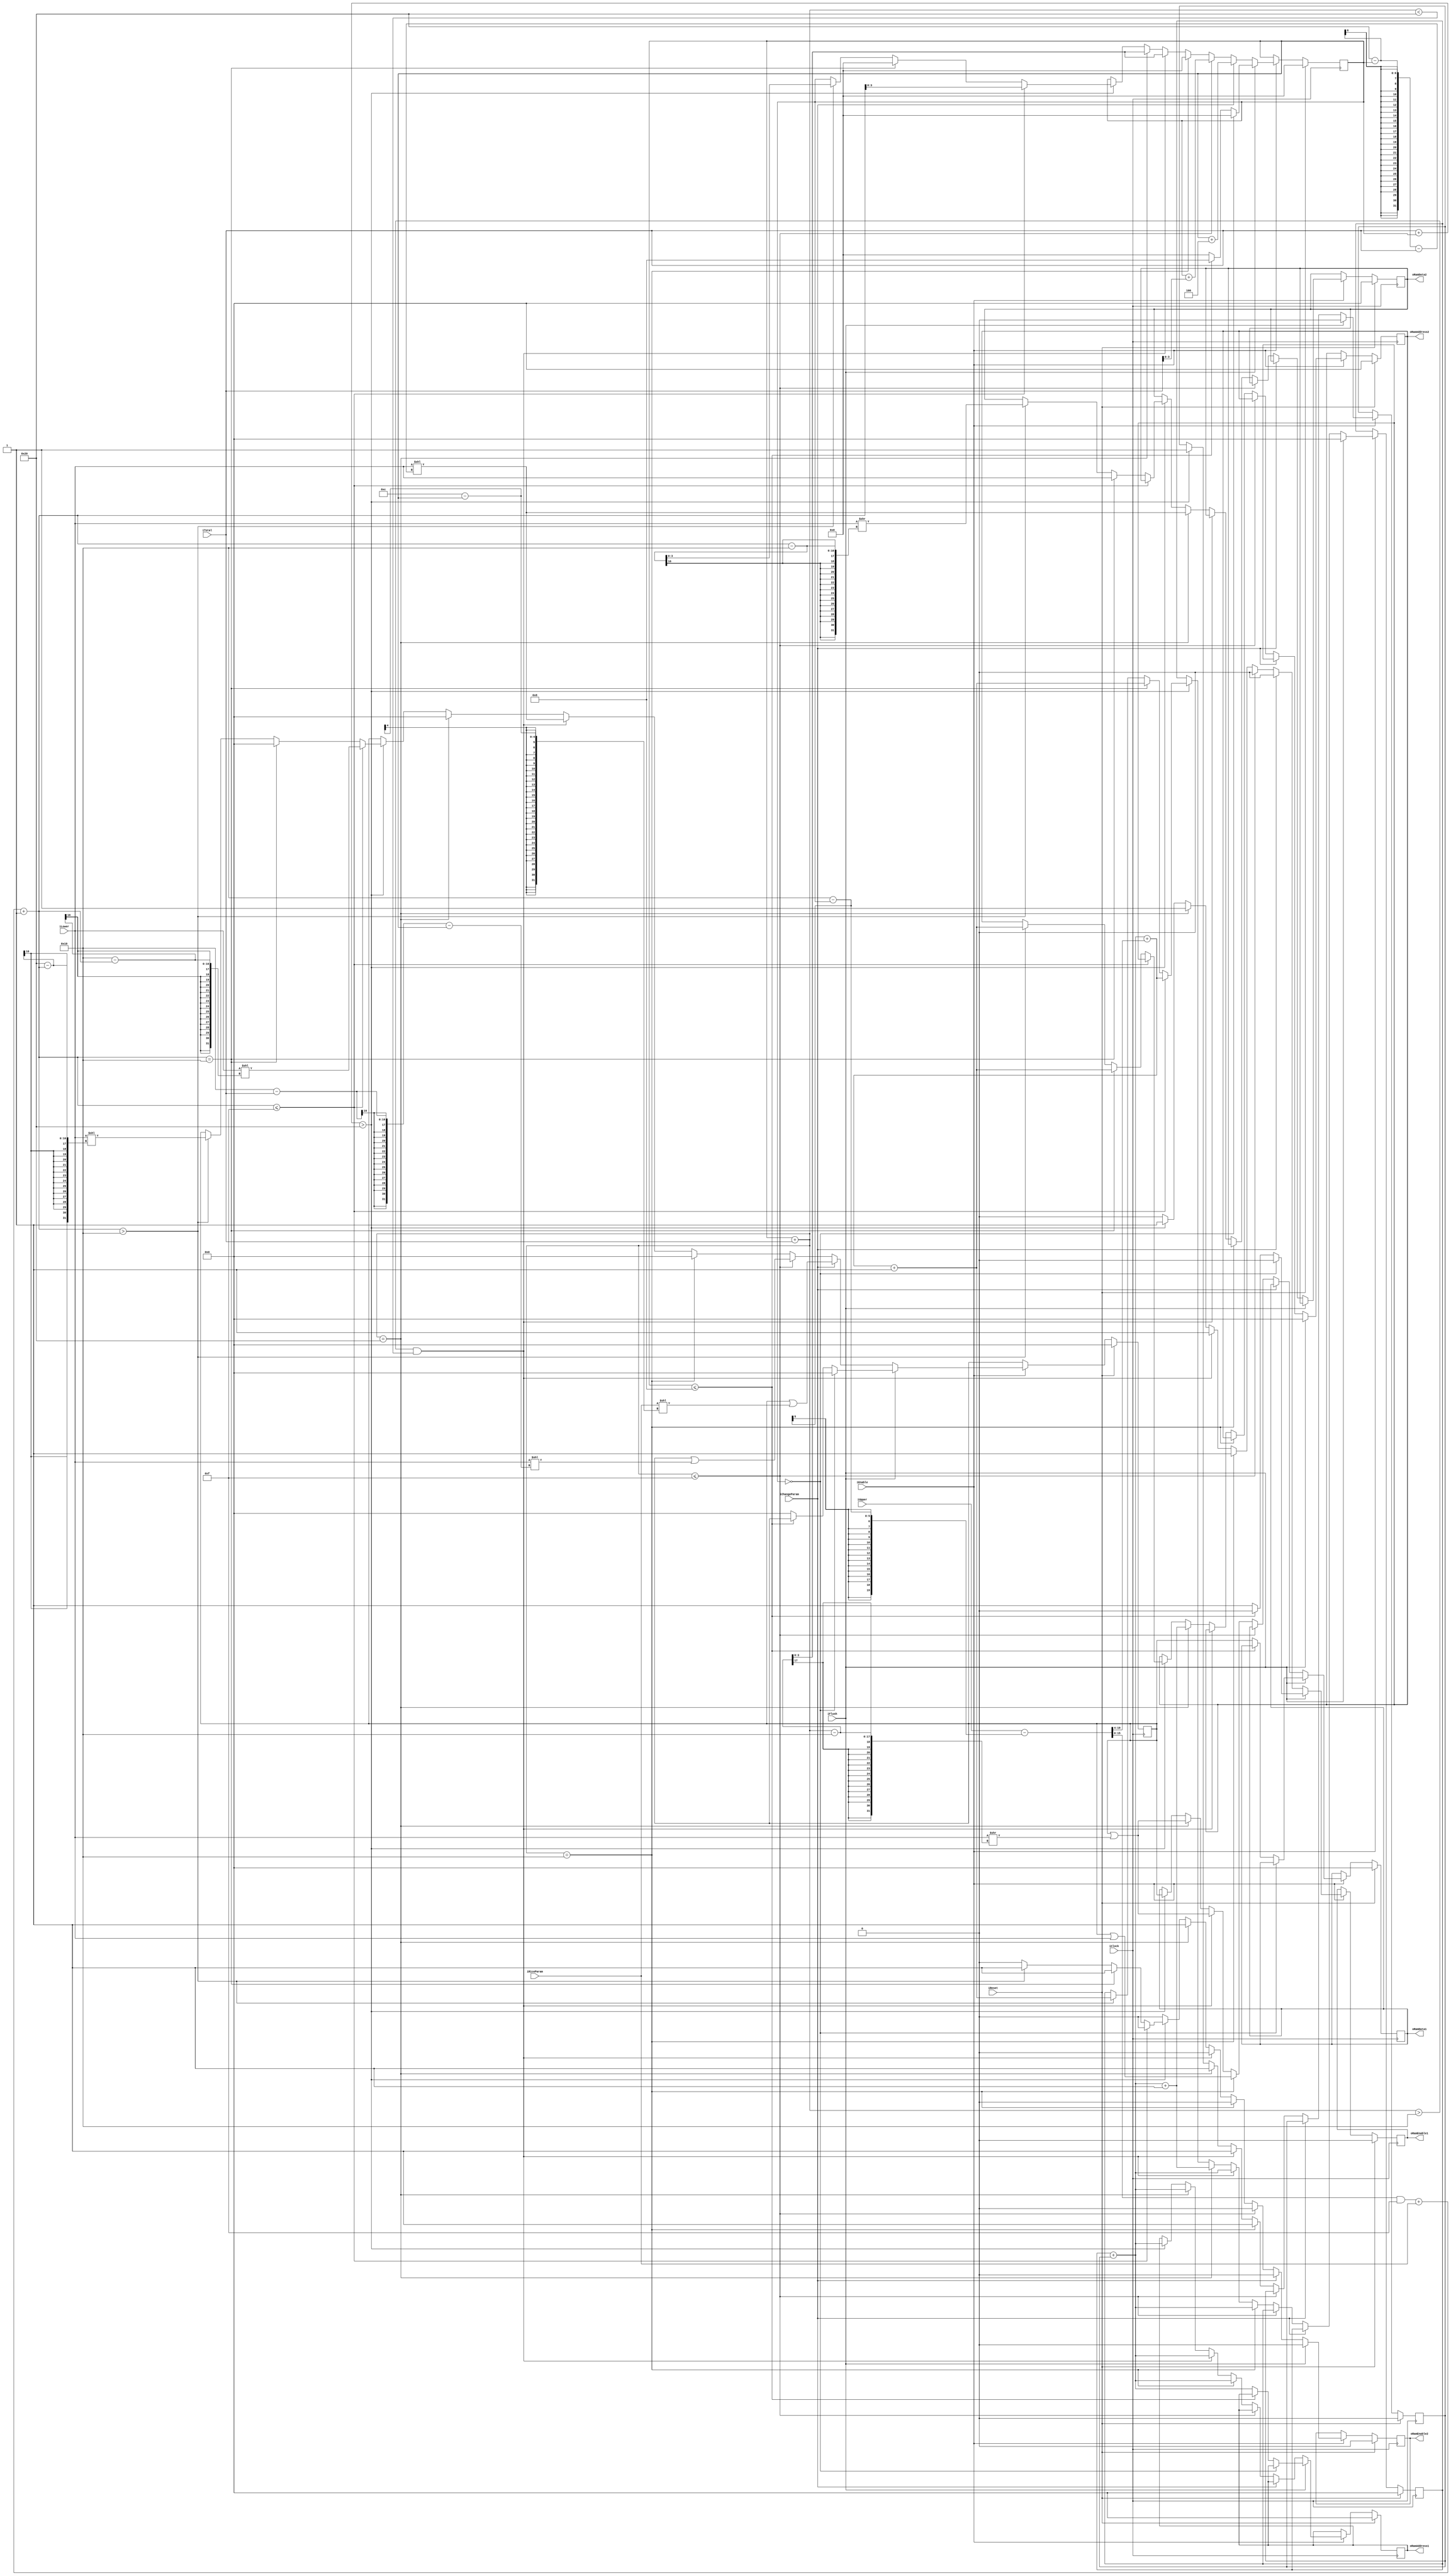
module RiceWriter (
    input wire iClock,
    input wire iReset, 
    input wire iEnable, 
    
    input wire iChangeParam,
    input wire iFlush,
    input wire [15:0] iTotal,
    input wire [15:0] iUpper,
    input wire [15:0] iLower, 
    input wire [3:0] iRiceParam,
    
    output wire oRamEnable1,
    output wire [15:0] oRamAddress1, 
    output wire [15:0] oRamData1,
    
    output wire oRamEnable2,
    output wire [15:0] oRamAddress2, 
    output wire [15:0] oRamData2
    );

/* iTotal: The sum of the upper and lower bits
 * iUpper: The number of upper bits to write
 * iLower: a 1 concatenated with the lower bits
 * iRiceParam: The rice parameter size
 */

// I assume that we can access a RAM with two write ports.
// Quartus will compile it, so it must exist.

/*
 * There are three possible cases when we receive a code
 * 1. There is enough space to fit the entire code word
 * 2. We overlap onto the next buffer
 * 3. We finish the current data buffer, and the next one, and overlap onto
 *    the third buffer
 */

reg [3:0] bit_pointer;

wire [15:0] uppern = (iUpper - (16 - bit_pointer)) & 4'hf;
wire [15:0] totaln = uppern + iRiceParam + 1;
wire [15:0] skip = (iUpper - (16 - bit_pointer)) >> 4;

reg [15:0] buffer;

reg need_header;
reg first_write_done;

reg [15:0] ram_adr_prev;

reg [15:0] ram_adr1;
reg [15:0] ram_dat1;
reg ram_we1;

reg [15:0] ram_adr2;
reg [15:0] ram_dat2;
reg ram_we2;

assign oRamData1 = ram_dat1;
assign oRamAddress1 = ram_adr1;
assign oRamEnable1 = ram_we1;

assign oRamData2 = ram_dat2;
assign oRamAddress2 = ram_adr2;
assign oRamEnable2 = ram_we2;


always @(posedge iClock) begin
    if (iReset) begin
        bit_pointer <= 0;
        buffer <= 0;
        
        ram_adr_prev <= 0;
        ram_adr1 <= 0;
        ram_dat1 <= 0;
        ram_we1 <= 0;        
        ram_adr2 <= 0;
        ram_dat2 <= 0;
        ram_we2 <= 0;
        
        first_write_done <= 0;
        
    end else if (iEnable) begin
        ram_we1 <= 0;
        ram_we2 <= 0;
        // We probably need to call this intermediary flush...
        if (iFlush) begin
            if (bit_pointer == 0) begin
                ram_adr_prev <= 0;
                first_write_done <= 0;
                buffer <= 0;
                bit_pointer <= 0;
                ram_adr2 <= 0;
            end else if (bit_pointer <= 8) begin
                ram_adr_prev <= 0;
                first_write_done <= 0;
                bit_pointer <= 8;
                ram_adr2 <= 0;
            end else begin
                ram_we1 <= 1;
                ram_dat1 <= buffer;
                ram_adr1 <= ram_adr_prev + first_write_done;
                ram_adr_prev <= 0;
                ram_adr2 <= 0;
                first_write_done <= 0;
                bit_pointer <= 0;
                buffer <= 0;
            end
        end else if (iChangeParam) begin
            buffer <= buffer | iRiceParam << (12 - bit_pointer);
            bit_pointer <= bit_pointer + 4;
        end else begin
            // We can place the data straight into this buffer wihtout sending
            if (bit_pointer + iTotal <= 15) begin
                buffer <= buffer | (iLower << (16 - iTotal - bit_pointer));
                bit_pointer <= bit_pointer + iTotal;
                
            // The data fits perfectly into one buffer, so we send it
            end else if (bit_pointer + iTotal == 16) begin
                first_write_done <= 1;
                ram_dat1 <= buffer | iLower;
                ram_adr1 <= ram_adr_prev + first_write_done;
                ram_adr_prev <= ram_adr_prev + first_write_done;
                ram_we1 <= 1;
                
                buffer <= 0;
                bit_pointer <= 0;
            
            // The data overflows one buffer
            end else if (bit_pointer + iTotal > 16 && bit_pointer + iTotal < 32) begin 
                // In this case we need to write some of the lower bits to the buffer before
                // we send it off. Then we need to write the rest of the lower bits to the 
                // next buffer
                first_write_done <= 1;
                ram_we1 <= 1;
                ram_adr1 <= ram_adr_prev + first_write_done;
    
                ram_adr_prev <= ram_adr_prev + first_write_done;
                
                
                ram_dat1 <= buffer | iLower >> (bit_pointer + iTotal - 16);
                
                buffer <= iLower << 32 - bit_pointer - iTotal;
                
                bit_pointer <= bit_pointer + iTotal - 16;
            end else if (bit_pointer + iTotal == 32) begin 
                // Special case ...
                first_write_done <= 1;
                ram_we1 <= 1;
                ram_adr1 <= ram_adr_prev + first_write_done;
                ram_we2 <= 1;
                ram_adr2 <= ram_adr_prev + first_write_done + 1;
                ram_adr_prev <= ram_adr_prev + first_write_done + 1;
                
                ram_dat1 <= buffer | iLower >> (bit_pointer + iTotal - 16);
                ram_dat2 <= iLower << 32 - bit_pointer - iTotal;
                buffer <= 0;
                
                bit_pointer <= bit_pointer + iTotal - 16;
            // The data overflows multiple buffers
            end else if (iTotal + bit_pointer > 32) begin
                first_write_done <= 1;
                ram_dat1 <= buffer;
                ram_adr1 <= ram_adr_prev + first_write_done;
                ram_we1 <= 1;
                
                // once we have sent the first buffer it is the same as if 
                // bp = 0 and upper = upper - (16 - bp_prev)
                if (totaln <= 15) begin
                    buffer <= iLower << (16 - totaln);
                    ram_adr_prev <= ram_adr_prev + first_write_done + skip;
                    bit_pointer <= totaln;
                end else if (totaln == 16) begin
                    buffer <= 0;
                    bit_pointer <= 0;
                    ram_dat2 <= iLower;
                    ram_we2 <= 1;
                    ram_adr2 <= ram_adr_prev + first_write_done + skip + 1;
                    ram_adr_prev <= ram_adr_prev + first_write_done + skip + 1;
                end else if (totaln > 16) begin
                    ram_dat2 <= iLower >> (totaln - 16);
                    ram_we2 <= 1;
                    ram_adr2 <= ram_adr_prev + first_write_done + skip + 1;
                    ram_adr_prev <= ram_adr_prev + first_write_done + skip + 1;
                    buffer <= iLower << (32 - totaln);
                    bit_pointer <= totaln - 16;
                end
            end
        end
    end
end
endmodule